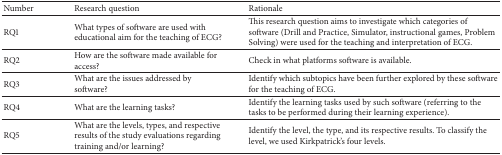
<table><thead><tr><td><b>Number </b></td><td><b>Research question</b></td><td><b>Rationale</b></td></tr></thead><tbody><tr><td>RQ1</td><td>What types of software are used with educational aim for the teaching of ECG?</td><td>This research question aims to investigate which categories of software (Drill and Practice, Simulator, instructional games, Problem Solving) were used for the teaching and interpretation of ECG.</td></tr><tr><td>RQ2</td><td>How are the software made available for access?</td><td>Check in what platforms software is available.</td></tr><tr><td>RQ3</td><td>What are the issues addressed by software?</td><td>Identify which subtopics have been further explored by these software for the teaching of ECG.</td></tr><tr><td>RQ4</td><td>What are the learning tasks?</td><td>Identify the learning tasks used by such software (referring to the tasks to be performed during their learning experience).</td></tr><tr><td>RQ5</td><td>What are the levels, types, and respective results of the study evaluations regarding training and/or learning?</td><td>Identify the level, the type, and its respective results. To classify the level, we used Kirkpatrick&#x27;s four levels.</td></tr></tbody></table>